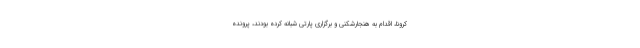
کرونا، اقدام به هنجارشکنی و برگزاری پارتی شبانه کرده‌ بودند، پرونده